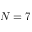
N = 7